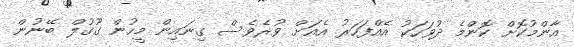
އާންމުކޮށް ކޮންމެ ދުވަހަކު އެއްފަހަރު އެއަށް ވުރެވެސް ގިނައިން މީހުން ގޫގުލް ބޭނުން